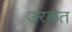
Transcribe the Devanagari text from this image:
उरकत